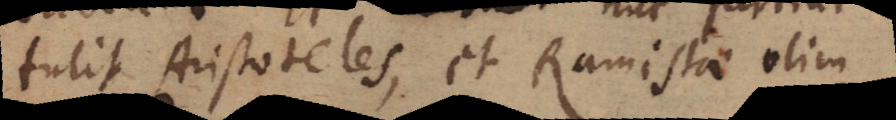
tulit Aristoteles, et Ramistae olim